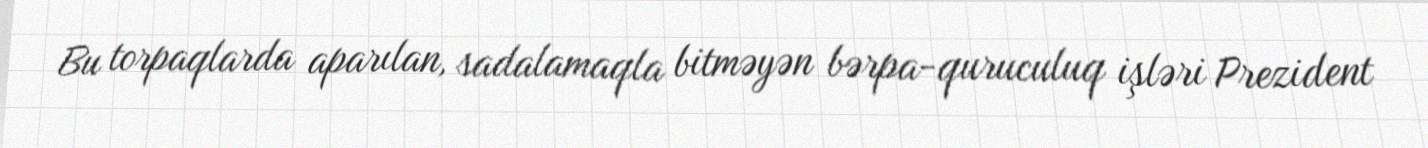
Bu torpaqlarda aparılan, sadalamaqla bitməyən bərpa-quruculuq işləri Prezident